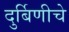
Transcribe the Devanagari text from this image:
दुर्बिणीचे